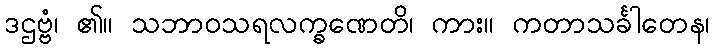
ဒဌဗ္ဗံ၊ ၏။ သဘာဝသရလက္ခဏေတိ၊ ကား။ ကတာသင်္ခါတေန၊